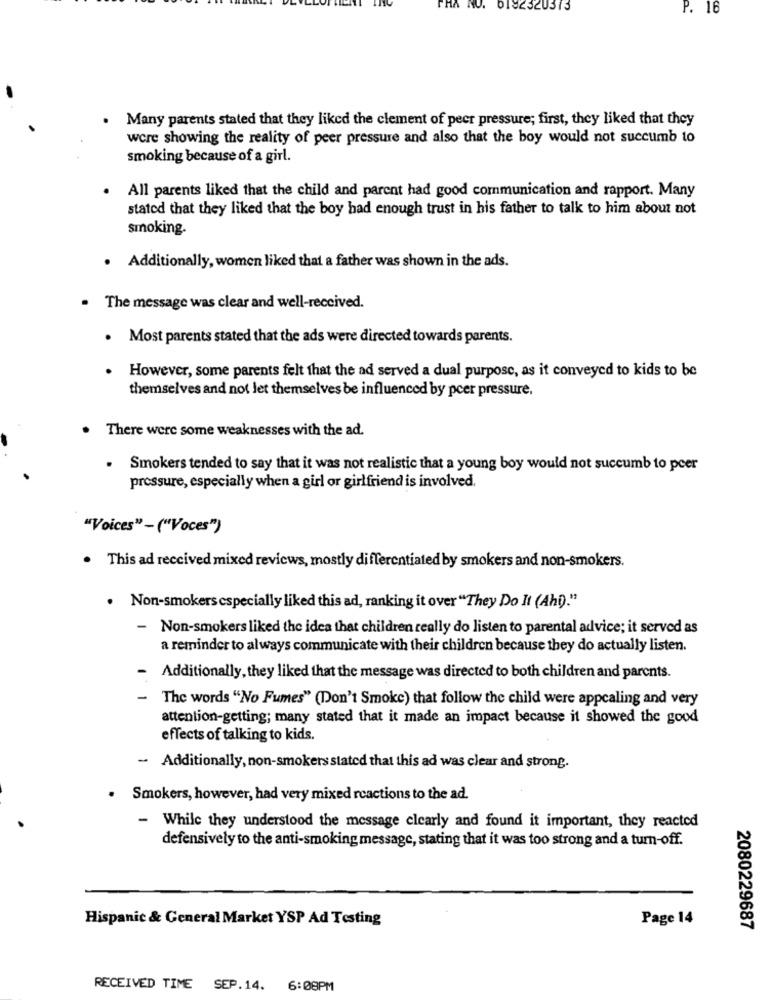
HA
NO.
DI82320373
P. 16
Many parents stated that they liked the clement of peer pressure; first, they liked that they
were showing the reality of peer pressure and also that the boy would not succumb to
smoking because of a girl.
All parents liked that the child and parent had good communication and rapport. Many
stated that they liked that the boy had enough trust in his father to talk to him about not
smoking.
. Additionally, women liked that a father was shown in the ads.
The message was clear and well-received.
. Most parents stated that the ads were directed towards parents.
However, some parents felt that the ad served a dual purpose, as it conveyed to kids to be
themselves and not let themselves be influenced by pcer pressure.
. There were some weaknesses with the ad.
. Smokers tended to say that it was not realistic that a young boy would not succumb to peer
pressure, especially when a girl or girlfriend is involved.
"Voices" - ("Voces")
. This ad received mixed reviews, mostly differentiated by smokers and non-smokers.
. Non-smokers especially liked this ad, ranking it over "They Do It (Ahi)."
- Non-smokers liked the idea that children really do listen to parental advice; it served as
a reminder to always communicate with their children because they do actually listen.
- Additionally, they liked that the message was directed to both children and parents.
- The words "No Fumes" (Don't Smoke) that follow the child were appealing and very
attention-getting; many stated that it made an impact because it showed the good
effects of talking to kids.
- Additionally, non-smokers stated that this ad was clear and strong.
.
Smokers, however, had very mixed reactions to the ad.
- While they understood the message clearly and found it important, they reacted
defensively to the anti-smoking message, stating that it was too strong and a turn-off.
Hispanic & General Market YSP Ad Testing
Page 14
2080229687
RECEIVED TIME SEP.14. 6:08PM